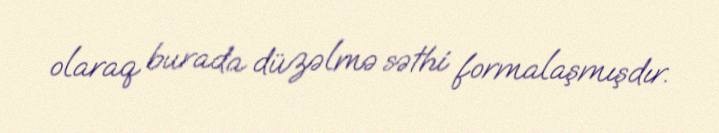
olaraq burada düzəlmə səthi formalaşmışdır.